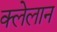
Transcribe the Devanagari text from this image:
क्लेलान